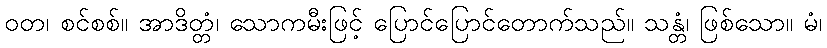
ဝတ၊ စင်စစ်။ အာဒိတ္တံ၊ သောကမီးဖြင့် ပြောင်ပြောင်တောက်သည်။ သန္တံ၊ ဖြစ်သော။ မံ၊